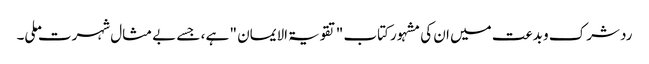
رد شرک و بدعت میں ان کی مشہور کتاب "تقویۃ الایمان " ہے ، جسے بے مثال شہرت ملی۔